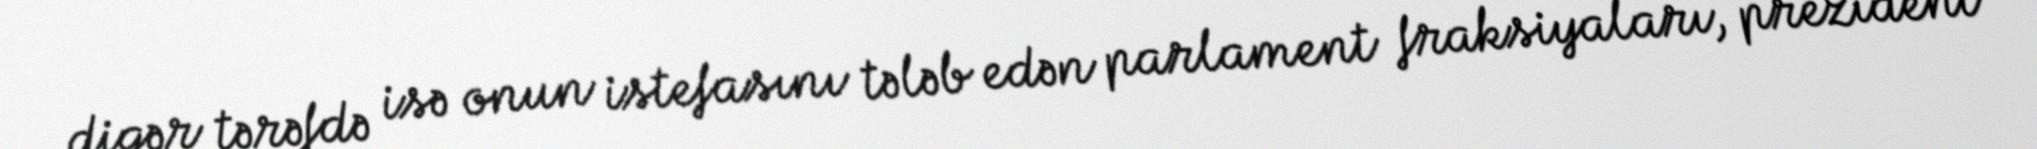
digər tərəfdə isə onun istefasını tələb edən parlament fraksiyaları, prezident